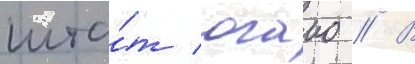
шта́т огаио // В